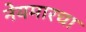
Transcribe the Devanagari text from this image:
नेयमारचा